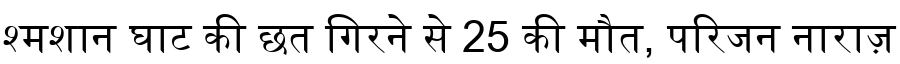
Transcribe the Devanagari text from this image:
श्मशान घाट की छत गिरने से 25 की मौत, परिजन नाराज़